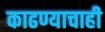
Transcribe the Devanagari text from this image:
काढण्याचाही